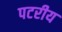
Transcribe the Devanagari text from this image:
पटरीय